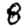
Digit: 8